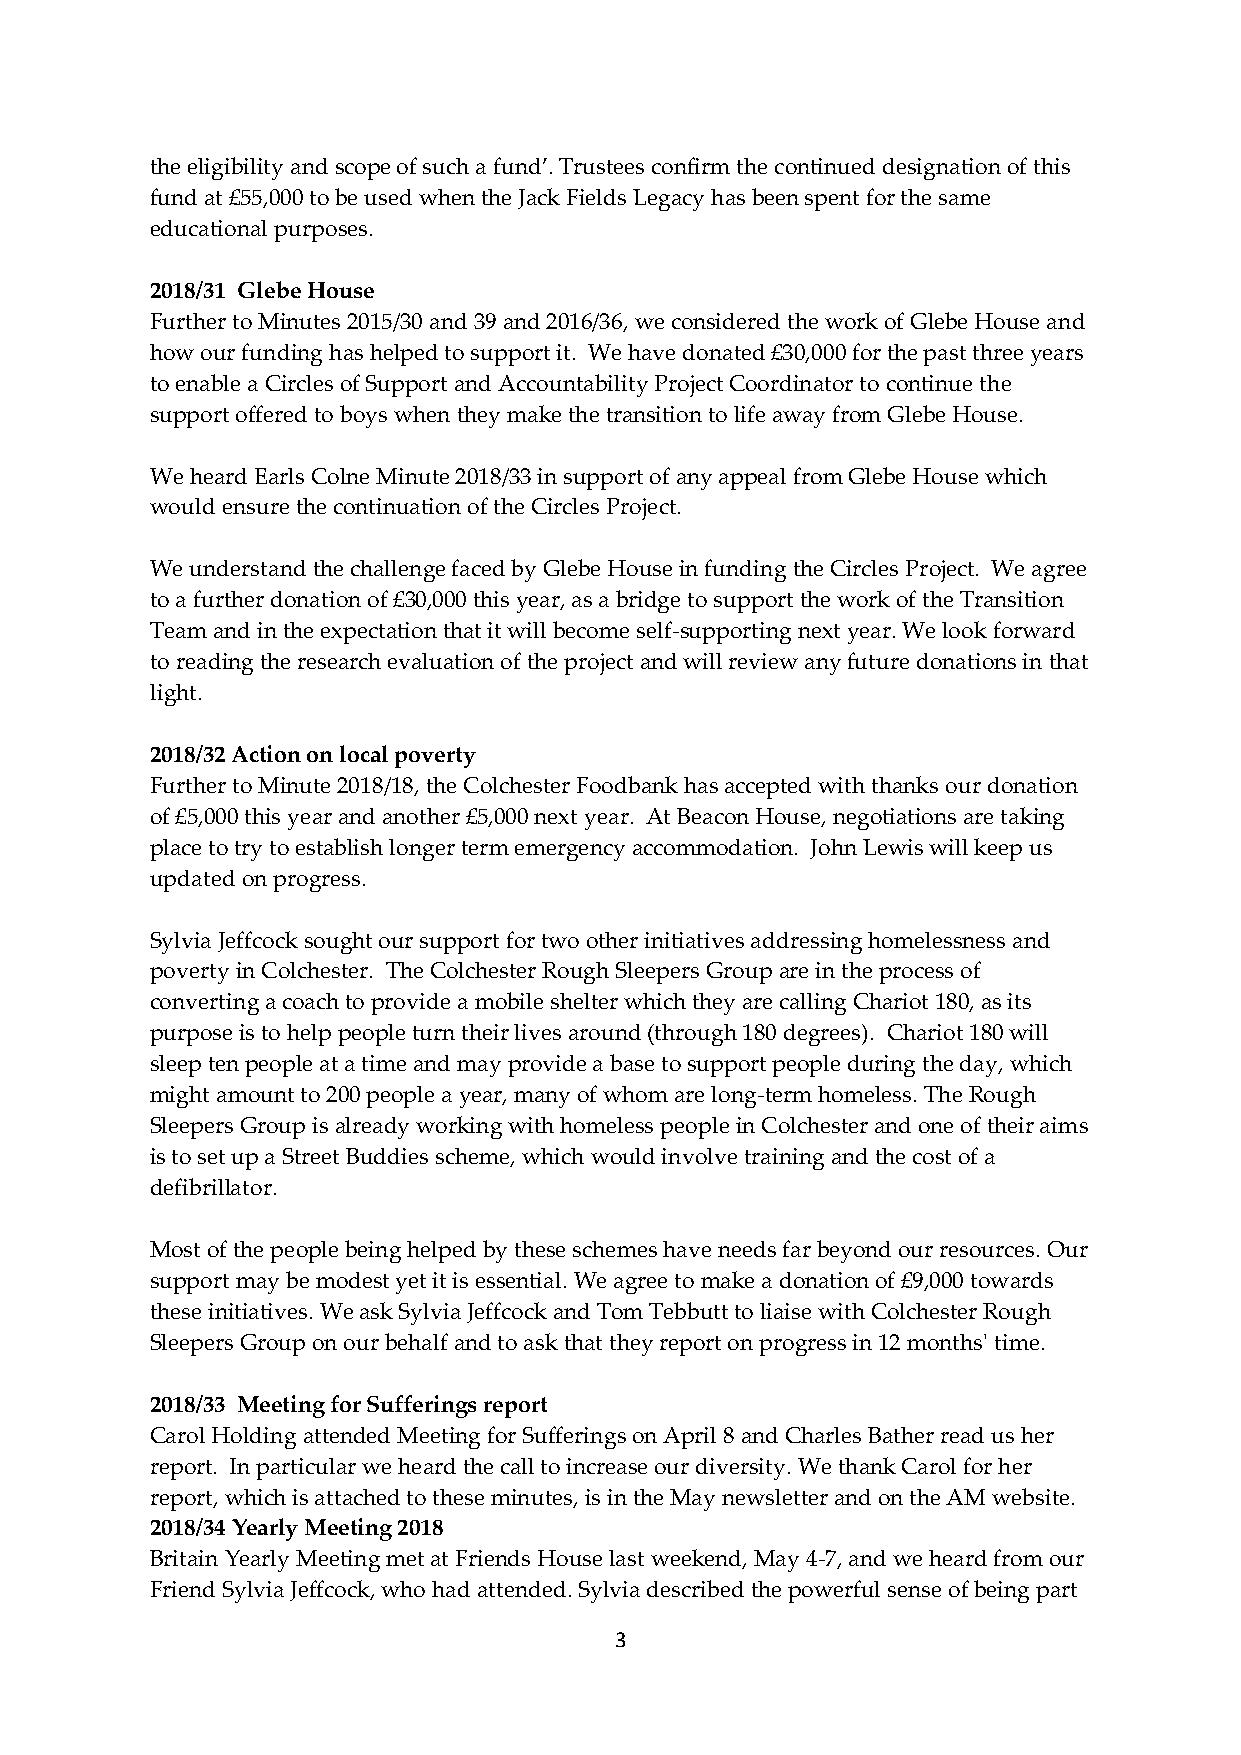
the eligibility and scope of such a fund’. Trustees confirm the continued designation of this
 fund at £55,000 to be used when the Jack Fields Legacy has been spent for the same
 educational purposes.
 2018/31 Glebe House
 Further to Minutes 2015/30 and 39 and 2016/36, we considered the work of Glebe House and
 how our funding has helped to support it. We have donated £30,000 for the past three years
 to enable a Circles of Support and Accountability Project Coordinator to continue the
 support offered to boys when they make the transition to life away from Glebe House.
 We heard Earls Colne Minute 2018/33 in support of any appeal from Glebe House which
 would ensure the continuation of the Circles Project.
 We understand the challenge faced by Glebe House in funding the Circles Project. We agree
 to a further donation of £30,000 this year, as a bridge to support the work of the Transition
 Team and in the expectation that it will become self-supporting next year. We look forward
 to reading the research evaluation of the project and will review any future donations in that
 light.
 2018/32 Action on local poverty
 Further to Minute 2018/18, the Colchester Foodbank has accepted with thanks our donation
 of £5,000 this year and another £5,000 next year. At Beacon House, negotiations are taking
 place to try to establish longer term emergency accommodation. John Lewis will keep us
 updated on progress.
 Sylvia Jeffcock sought our support for two other initiatives addressing homelessness and
 poverty in Colchester. The Colchester Rough Sleepers Group are in the process of
 converting a coach to provide a mobile shelter which they are calling Chariot 180, as its
 purpose is to help people turn their lives around (through 180 degrees). Chariot 180 will
 sleep ten people at a time and may provide a base to support people during the day, which
 might amount to 200 people a year, many of whom are long-term homeless. The Rough
 Sleepers Group is already working with homeless people in Colchester and one of their aims
 is to set up a Street Buddies scheme, which would involve training and the cost of a
 defibrillator.
 Most of the people being helped by these schemes have needs far beyond our resources. Our
 support may be modest yet it is essential. We agree to make a donation of £9,000 towards
 these initiatives. We ask Sylvia Jeffcock and Tom Tebbutt to liaise with Colchester Rough
 Sleepers Group on our behalf and to ask that they report on progress in 12 months' time.
 2018/33 Meeting for Sufferings report
 Carol Holding attended Meeting for Sufferings on April 8 and Charles Bather read us her
 report. In particular we heard the call to increase our diversity. We thank Carol for her
 report, which is attached to these minutes, is in the May newsletter and on the AM website.
 2018/34 Yearly Meeting 2018
 Britain Yearly Meeting met at Friends House last weekend, May 4-7, and we heard from our
 Friend Sylvia Jeffcock, who had attended. Sylvia described the powerful sense of being part
 3